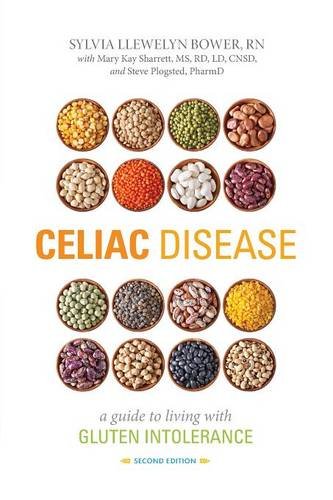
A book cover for Celiac Disease: A Guide to Living with Gluten Intolerance; Sylvia Llewelyn Bower RN; Health, Fitness & Dieting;